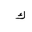
Letter: _kaf